65_HS1-834228961_62-HQ-83894_Section_5
Agency: FBI
Page 50
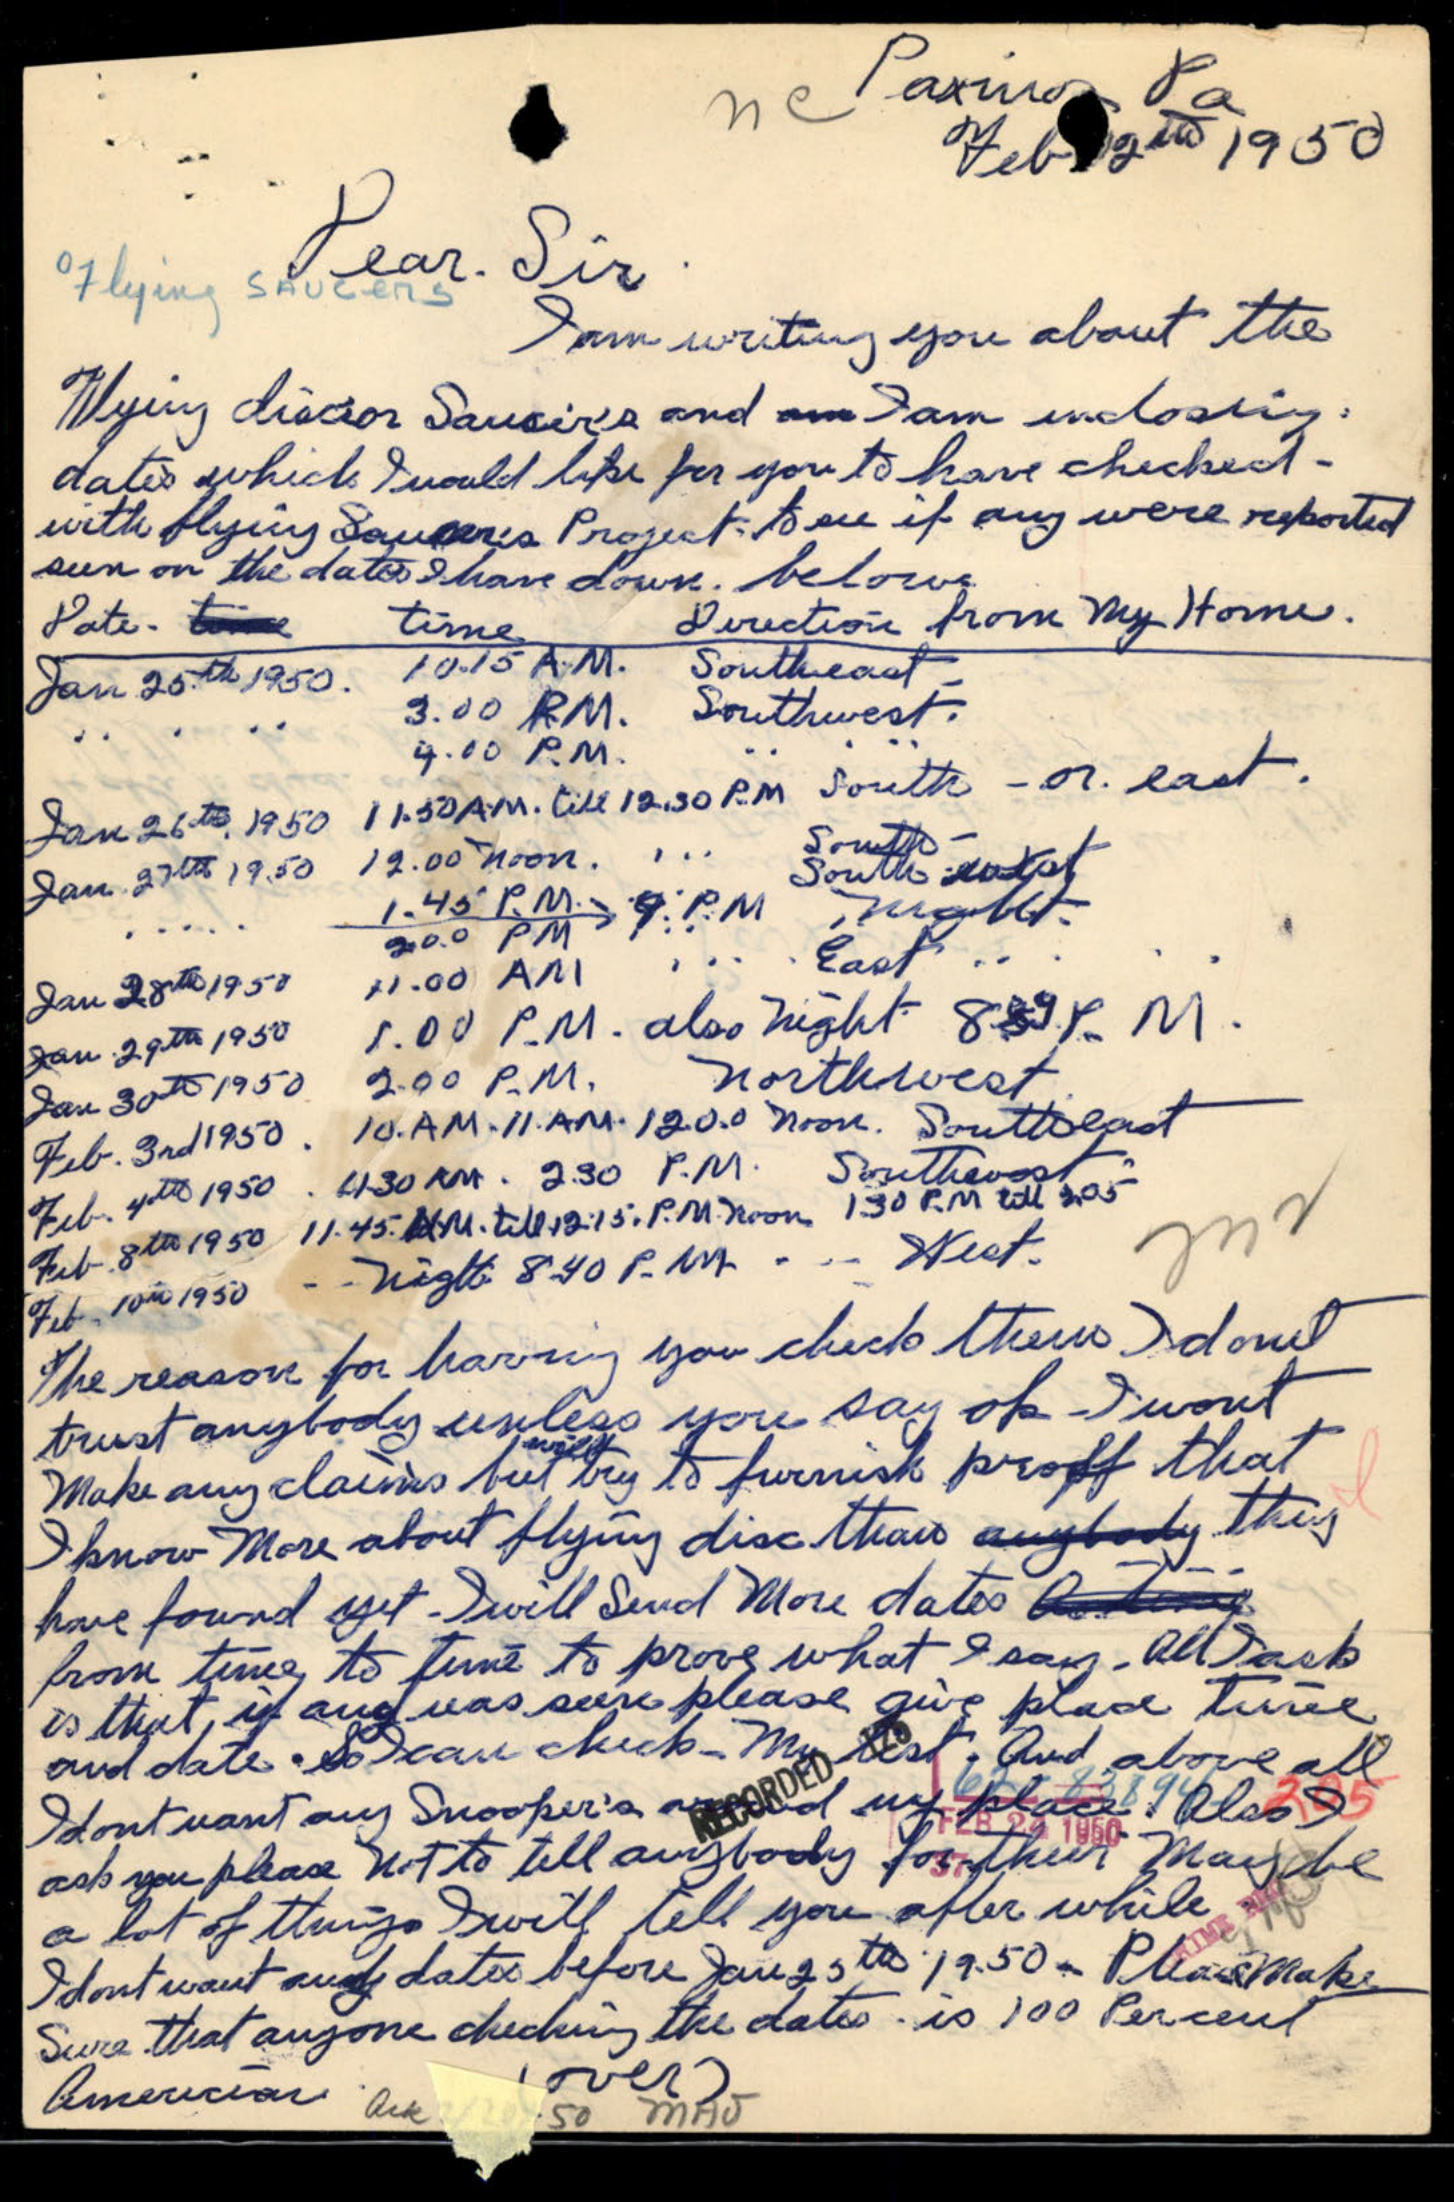